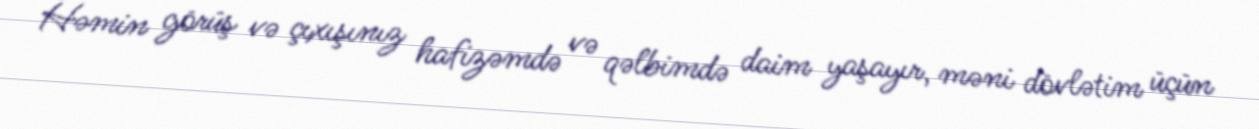
Həmin görüş və çıxışınız hafizəmdə və qəlbimdə daim yaşayır, məni dövlətim üçün